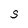
Character: S